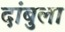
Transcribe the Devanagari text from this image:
दांबुला